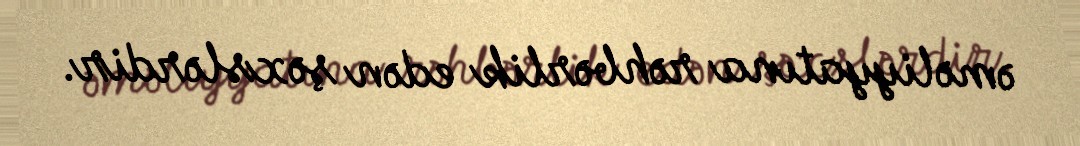
əməliyyatına rəhbərlik edən şəxslərdir.